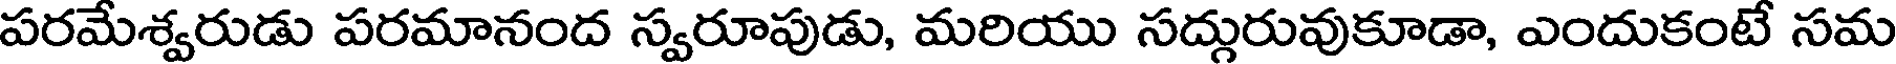
పరమేశ్వరుడు పరమానంద స్వరూపుడు, మరియు సద్గురువుకూడా, ఎందుకంటే సమ